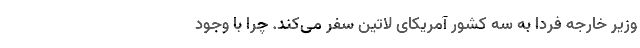
وزیر خارجه فردا به سه کشور آمریکای لاتین سفر می‌کند. چرا با وجود